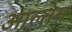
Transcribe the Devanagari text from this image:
आल्तेन